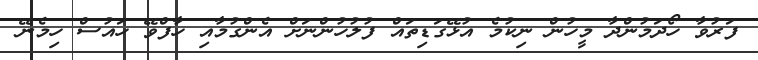
ފަރުވާ ހޯދަމުންދާ މީހުން ނިކުމެ އުޅޭގަޑިތައް ފުލުހުންނަށް އެންގުމާއި ހާފްވޭ ހައުސް ހިމެނޭ